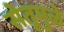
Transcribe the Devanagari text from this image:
सेतूमुळे